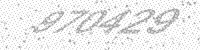
Solution: 970429